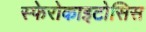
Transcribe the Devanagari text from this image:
स्फेरोकाइटोसिस